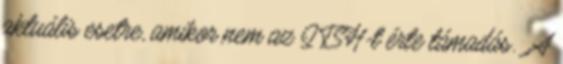
aktuális esetre, amikor nem az ITSH-t érte támadás. „A